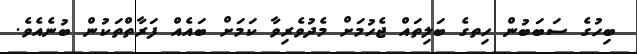
ބިހުގެ ސަބަބުން ހިތގެ ބަލިތައް ޖެހުމަށް މެދުވެރިވާ ކަމަށް ބައެއް ފަރާތްތަކުން ބުނެއެވެ.